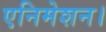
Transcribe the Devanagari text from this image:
एनिमेशन।